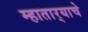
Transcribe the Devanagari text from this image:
म्हातार्‍याचे